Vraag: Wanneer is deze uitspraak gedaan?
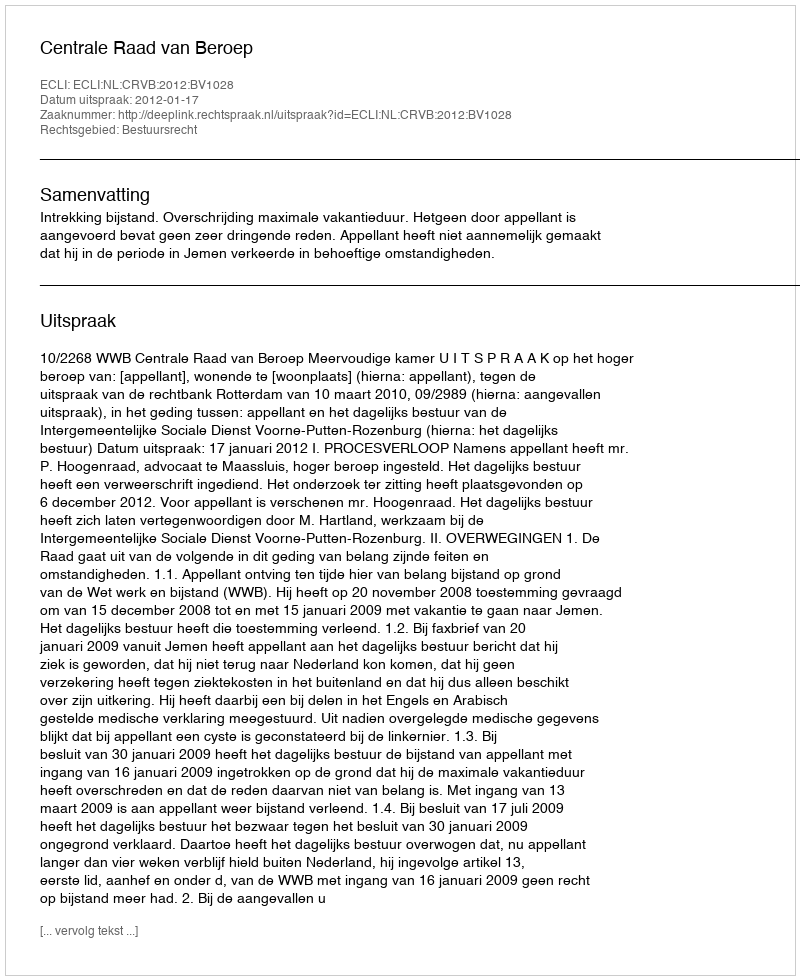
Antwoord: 2012-01-17